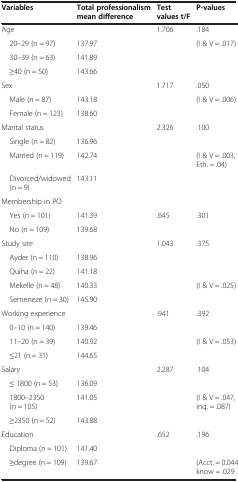
<table><thead><tr><td><b>Variables</b></td><td><b>Total professionalism mean difference</b></td><td><b>Test values t/F</b></td><td><b>P-values</b></td></tr></thead><tbody><tr><td>Age</td><td> </td><td>1.706</td><td>.184</td></tr><tr><td> 20–29 (n = 97)</td><td>137.97</td><td> </td><td>(I &amp; V = .017)</td></tr><tr><td> 30–39 (n = 63)</td><td>141.89</td><td> </td><td> </td></tr><tr><td> ≥40 (n = 50)</td><td>143.66</td><td> </td><td> </td></tr><tr><td>Sex</td><td> </td><td>1.717</td><td>.050</td></tr><tr><td> Male (n = 87)</td><td>143.18</td><td> </td><td>(I &amp; V = .006)</td></tr><tr><td> Female (n = 123)</td><td>138.60</td><td> </td><td> </td></tr><tr><td>Marital status</td><td> </td><td>2.326</td><td>.100</td></tr><tr><td> Single (n = 82)</td><td>136.96</td><td> </td><td> </td></tr><tr><td> Married (n = 119)</td><td>142.74</td><td> </td><td>(I &amp; V = .003, Eth. = .04)</td></tr><tr><td> Divorced/widowed (n = 9)</td><td>143.11</td><td> </td><td> </td></tr><tr><td>Membership in PO</td><td> </td><td> </td><td> </td></tr><tr><td> Yes (n = 101)</td><td>141.39</td><td>.645</td><td>.301</td></tr><tr><td> No (n = 109)</td><td>139.68</td><td> </td><td> </td></tr><tr><td>Study site</td><td> </td><td>1.043</td><td>.375</td></tr><tr><td> Ayder (n = 110)</td><td>138.96</td><td> </td><td> </td></tr><tr><td> Quiha (n = 22)</td><td>141.18</td><td> </td><td> </td></tr><tr><td> Mekelle (n = 48)</td><td>140.33</td><td> </td><td>(I &amp; V = .025)</td></tr><tr><td> Semeneze (n = 30)</td><td>145.90</td><td> </td><td> </td></tr><tr><td>Working experience</td><td> </td><td>.941</td><td>.392</td></tr><tr><td> 0–10 (n = 140)</td><td>139.46</td><td> </td><td> </td></tr><tr><td> 11–20 (n = 39)</td><td>140.92</td><td> </td><td>(I &amp; V = .053)</td></tr><tr><td> ≤21 (n = 31)</td><td>144.65</td><td> </td><td> </td></tr><tr><td>Salary</td><td> </td><td>2.287</td><td>.104</td></tr><tr><td> ≤ 1800 (n = 53)</td><td>136.09</td><td> </td><td> </td></tr><tr><td> 1800–2350 (n = 105)</td><td>141.05</td><td> </td><td>(I &amp; V = .047, inq. = .087)</td></tr><tr><td> ≥2350 (n = 52)</td><td>143.88</td><td> </td><td> </td></tr><tr><td>Education</td><td> </td><td>.652</td><td>.196</td></tr><tr><td> Diploma (n = 101)</td><td>141.40</td><td> </td><td> </td></tr><tr><td> ≥degree (n = 109)</td><td>139.67</td><td> </td><td>(Acct. = 0.044, know = .029</td></tr></tbody></table>